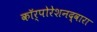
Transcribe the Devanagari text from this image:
कॉर्पोरेशनद्वारा